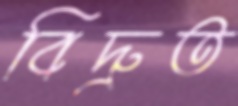
বিদ্রুত